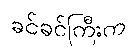
ခင်ခင်ကြီးက